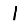
Digit: 1